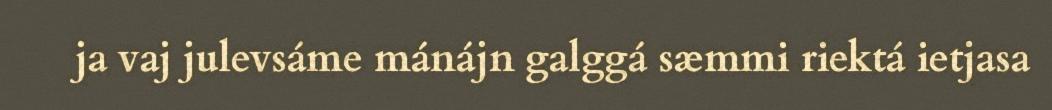
ja vaj julevsáme mánájn galggá sæmmi riektá ietjasa